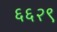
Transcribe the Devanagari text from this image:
६६२९